Leaving Certificate Examination (including Day School Certificate (Higher) General paper), 1936
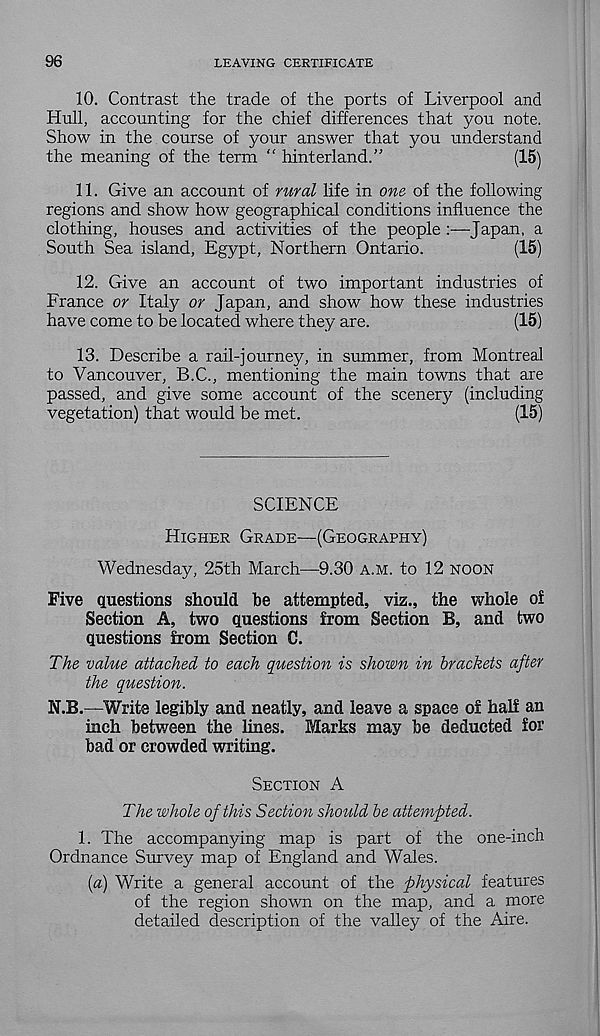
96
LEAVING CERTIFICATE
10. Contrast the trade of the ports of Liverpool and
Hull, accounting for the chief differences that you note.
Show in the course of your answer that you understand
the meaning of the term “ hinterland.”
(15)
11. Give an account of rural life in one of the following
regions and show how geographical conditions influence the
clothing, houses and activities of the people :—Japan, a
South Sea island, Egypt, Northern Ontario.
(15)
12. Give an account of two important industries of
France or Italy or Japan, and show how these industries
have come to be located where they are.
(15)
13. Describe a rail-journey, in summer, from Montreal
to Vancouver, B.C., mentioning the main towns that are
passed, and give some account of the scenery (including
vegetation) that would be met.
(15)
SCIENCE
Higher Grade—(Geography)
Wednesday, 25th March—9.30 a.m. to 12 noon
Five questions should he attempted, viz., the whole of
Section A, two questions from Section B, and two
questions from Section C.
The value attached to each question is shown in brackets after
the question.
N.B.—Write legibly and neatly, and leave a space of half an
inch between the lines. Marks may be deducted for
bad or crowded writing.
Section A
The whole of this Section should be attempted.
1. The accompanying map is part of the one-inch
Ordnance Survey map of England and Wales.
{a) Write a general account of the physical features
of the region shown on the map, and a more
detailed description of the valley of the Aire.